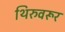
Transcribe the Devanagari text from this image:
थिरुवरूर